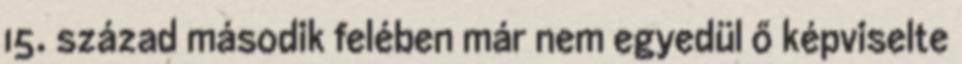
15. század második felében már nem egyedül ő képviselte